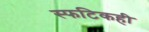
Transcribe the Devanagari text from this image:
स्फटिकही